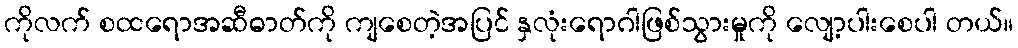
ကိုလက် စထရောအဆီဓာတ်ကို ကျစေတဲ့အပြင် နှလုံးရောဂါဖြစ်သွားမှုကို လျော့ပါးစေပါ တယ်။